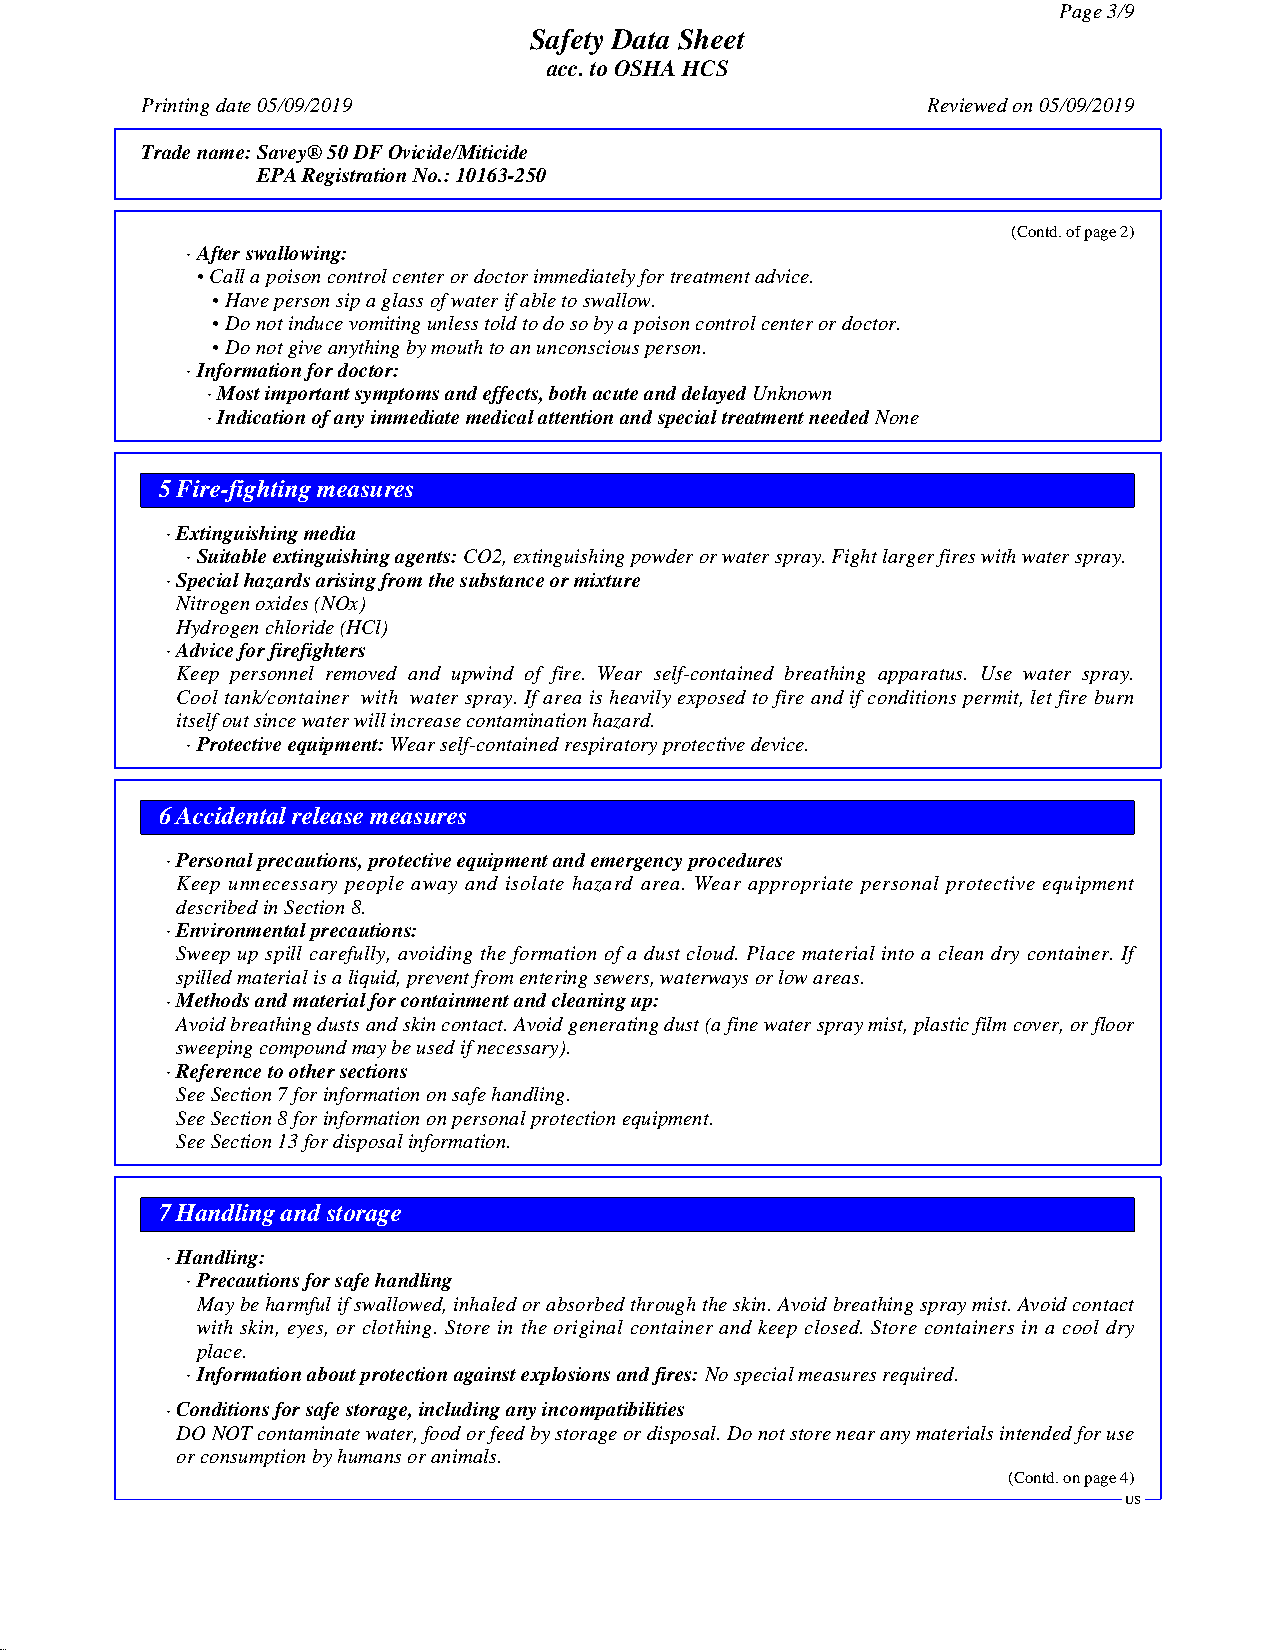
Page3/9
 Safety Data Sheet
 acc.toOSHAHCS
 Printingdate05/09/2019                              Reviewedon05/09/2019
 Tradename:Savey®50DFOvicide/Miticide
 EPARegistrationNo.:10163-250
 (Contd.ofpage2)
 ·Afterswallowing:
 •Callapoisoncontrolcenterordoctorimmediatelyfortreatmentadvice.
 •Havepersonsipaglassofwaterifabletoswallow.
 •Donotinducevomitingunlesstoldtodosobyapoisoncontrolcenterordoctor.
 •Donotgiveanythingbymouthtoanunconsciousperson.
 ·Informationfordoctor:
 ·Mostimportantsymptomsandeffects,bothacuteanddelayedUnknown
 ·IndicationofanyimmediatemedicalattentionandspecialtreatmentneededNone
 5Fire-fighting measures
 ·Extinguishingmedia
 ·Suitableextinguishingagents:CO2,extinguishingpowderorwaterspray.Fightlargerfireswithwaterspray.
 ·Specialhazardsarisingfromthesubstanceormixture
 Nitrogenoxides(NOx)
 Hydrogenchloride(HCl)
 ·Adviceforfirefighters
 Keep personnel removed and upwind of fire. Wear self-contained breathing apparatus. Use water spray.
 Cooltank/container with water spray. Ifarea isheavily exposed to fire and if conditionspermit, letfire burn
 itselfoutsincewaterwillincreasecontaminationhazard.
 ·Protectiveequipment:Wearself-containedrespiratoryprotectivedevice.
 6Accidental releasemeasures
 ·Personalprecautions,protectiveequipmentandemergencyprocedures
 Keep unnecessary people away and isolate hazard area. Wear appropriate personal protective equipment
 describedinSection8.
 ·Environmentalprecautions:
 Sweep up spill carefully, avoiding the formation of a dust cloud. Place material into a clean dry container. If
 spilledmaterialisaliquid,preventfromenteringsewers,waterwaysorlowareas.
 ·Methodsandmaterialforcontainmentandcleaningup:
 Avoidbreathingdustsandskincontact.Avoidgeneratingdust(afinewaterspraymist,plasticfilmcover,orfloor
 sweepingcompoundmaybeusedifnecessary).
 ·Referencetoothersections
 SeeSection7forinformationonsafehandling.
 SeeSection8forinformationonpersonalprotectionequipment.
 SeeSection13fordisposalinformation.
 7Handling and storage
 ·Handling:
 ·Precautionsforsafehandling
 Maybeharmfulifswallowed,inhaledorabsorbedthroughtheskin.Avoidbreathingspraymist.Avoidcontact
 with skin, eyes, or clothing. Store in the original container and keep closed. Store containers in a cool dry
 place.
 ·Informationaboutprotectionagainstexplosionsandfires:Nospecialmeasuresrequired.
 ·Conditionsforsafestorage,includinganyincompatibilities
 DONOTcontaminatewater,foodorfeedbystorageordisposal.Donotstorenearanymaterialsintendedforuse
 orconsumptionbyhumansoranimals.
 (Contd.onpage4)
 US
 49.0.12